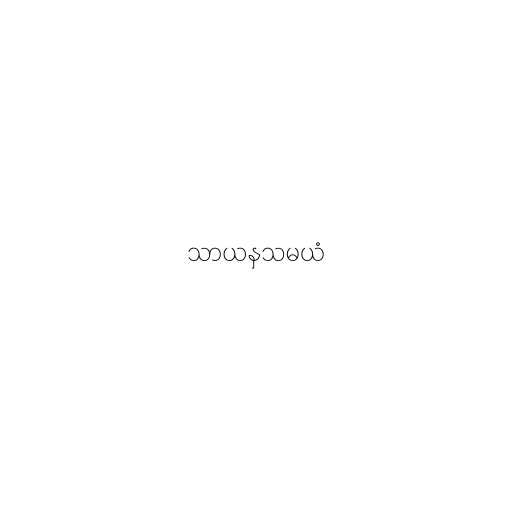
သာယနှသမယံ